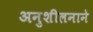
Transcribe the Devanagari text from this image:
अनुशीलनाने